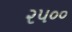
૨૫૦૦